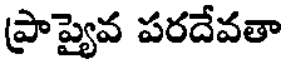
ప్రాప్యైవ పరదేవతా